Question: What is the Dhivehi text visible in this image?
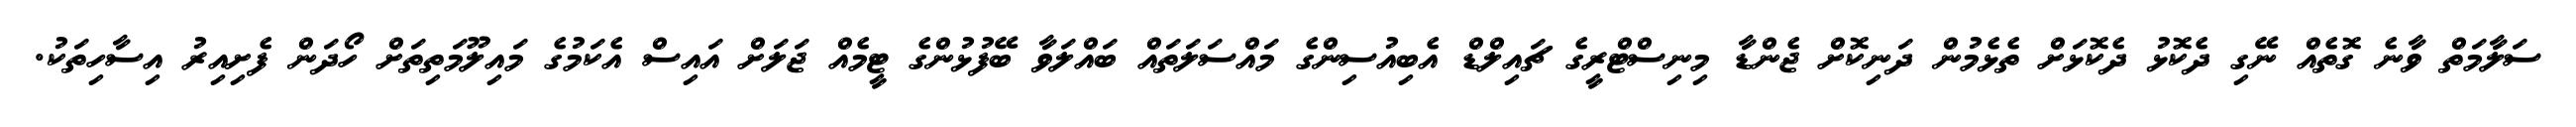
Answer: ސަލާމަތް ވާނެ ގޮތެއް ނޭގި ދެކޮޅު ދެކޮޅަށް ތެޅެމުން ދަނިކޮށް ޖެންޑާ މިނިސްޓްރީގެ ޗައިލްޑް އެބިއުސިންގެ މައްސަލަތައް ބައްލަވާ ބޭފުޅުންގެ ޓީމެއް ޖަލަށް އައިސް އެކަމުގެ މައިލޫމަތިތަށް ހޯދަން ފެށިއިރު އިސާހިތަކު.